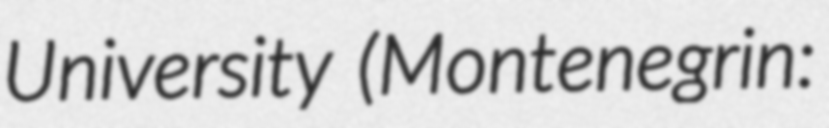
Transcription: University (Montenegrin: